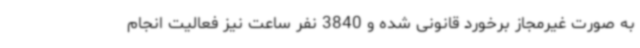
به صورت غیرمجاز برخورد قانونی شده و 3840 نفر ساعت نیز فعالیت انجام